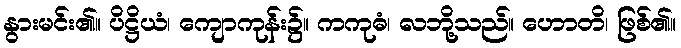
နွားမင်း၏။ ပိဋ္ဌိယံ၊ ကျောကုန်း၌။ ကကုဓံ၊ လဘို့သည်။ ဟောတိ၊ ဖြစ်၏။